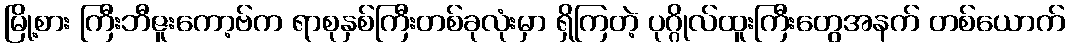
မြို့စား ကြီးဘီဇူးကော့ဗ်က ရာစုနှစ်ကြီးတစ်ခုလုံးမှာ ရှိကြတဲ့ ပုဂ္ဂိုလ်ထူးကြီးတွေအနက် တစ်ယောက်